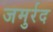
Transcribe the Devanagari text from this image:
जमुर्रद